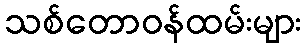
သစ်တောဝန်ထမ်းများ